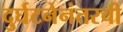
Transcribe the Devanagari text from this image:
दुर्घटनेनंतरची